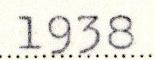
1938